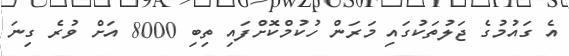
އެ ގައުމުގެ ޖަލުތަކުގައި މަރަން ހުކުމްކޮށްފައި ތިބި 8000 އަށް ވުރެ ގިނަ